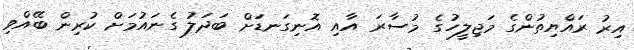
އިރު ރައްޔިތުންގެ މަޖިލީހުގެ މުސާރަ އާއި އޮނިގަނޑަށް ބަދަލު ގެނައުމަށް ކުރިން ބޭއްވި